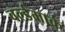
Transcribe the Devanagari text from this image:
वर्ल्डमार्क